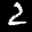
Label: 2